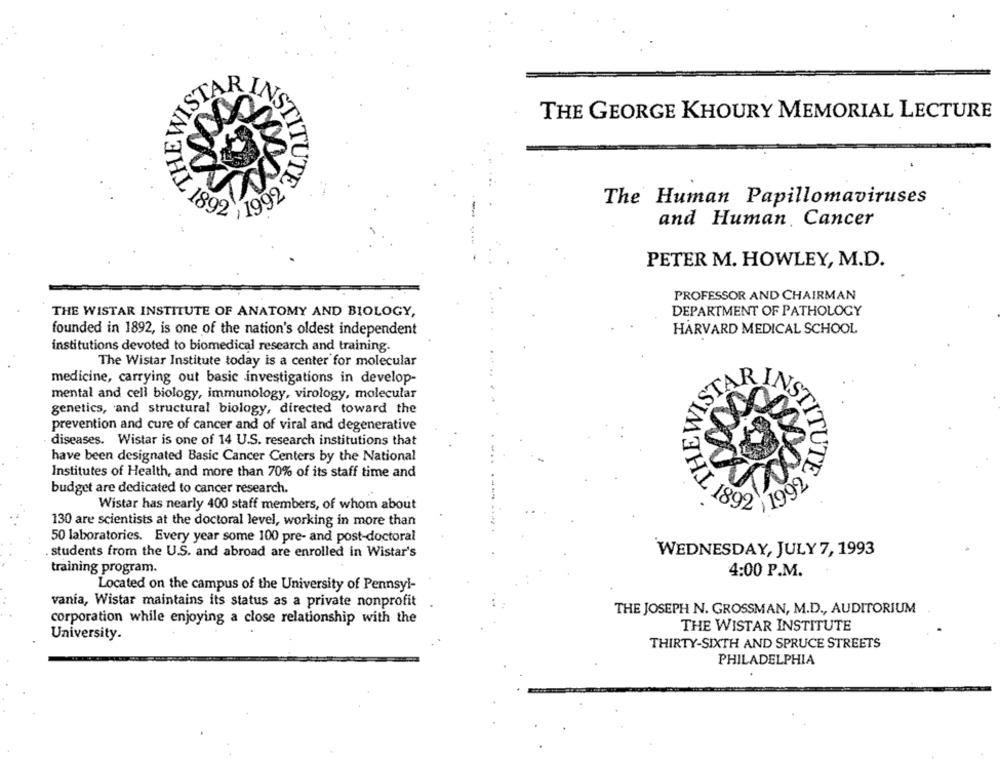
ST
THE GEORGE KHOURY MEMORIAL LECTURE
1992
The Human Papillomaviruses
1892
and Human, Cancer
PETER M. HOWLEY, M.D.
PROFESSOR AND CHAIRMAN
DEPARTMENT OF PATHOLOGY
THE WISTAR INSTITUTE OF ANATOMY AND BIOLOGY,
founded in 1892, is one of the nation's oldest independent
HARVARD MEDICAL SCHOOL
institutions devoted to biomedical research and training-
The Wistar Institute today is a center for molecular
medicine, carrying out basic investigations in develop-
mental and cell biology, immunology, virology, molecular
genetics, and structural biology, directed toward the
prevention and cure of cancer and of viral and degenerative
diseases. Wistar is one of 14 U.S. research institutions that
have been designated Basic Cancer Centers by the National
Institutes of Health, and more than 70% of its staff time and
1992'
budget are dedicated to cancer research.
Wistar has nearly 400 staff members, of whom about
1892
130 are scientists at the doctoral level, working in more than
50 laboratories. Every year some 100 pre- and post-doctoral
students from the U.S. and abroad are enrolled in Wistar's
WEDNESDAY, JULY 7, 1993
training program.
4:00 P.M.
Located on the campus of the University of Pennsyl-
vania, Wistar maintains its status as a private nonprofit
THE JOSEPH N. GROSSMAN, M.D ., AUDITORIUM
corporation while enjoying a close relationship with the
THE WISTAR INSTITUTE
University.
THIRTY-SIXTH AND SPRUCE STREETS
PHILADELPHIA